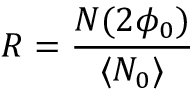
R = \frac { N ( 2 \phi _ { 0 } ) } { \langle N _ { 0 } \rangle }